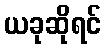
ယခုဆိုရင်